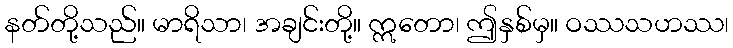
နတ်တို့သည်။ မာရိသာ၊ အချင်းတို့။ ဣတော၊ ဤနှစ်မှ။ ဝဿသဟဿ၊